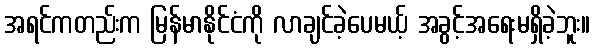
အရင်ကတည်းက မြန်မာနိုင်ငံကို လာချင်ခဲ့ပေမယ့် အခွင့်အရေးမရှိခဲ့ဘူး။